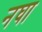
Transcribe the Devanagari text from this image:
नघा